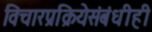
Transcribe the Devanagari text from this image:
विचारप्रक्रियेसंबंधीही